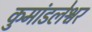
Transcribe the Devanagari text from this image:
कुमांडलेश्वर